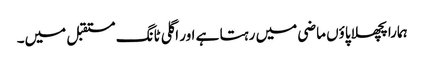
ہمارا پچھلا پاؤں ماضی میں رہتا ہے اور اگلی ٹانگ مستقبل میں۔